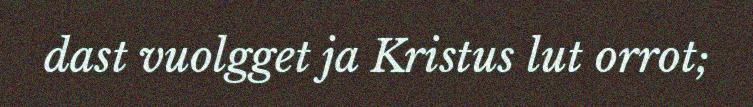
dast vuolgget ja Kristus lut orrot;